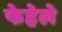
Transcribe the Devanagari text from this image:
फेहेले